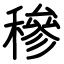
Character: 穇